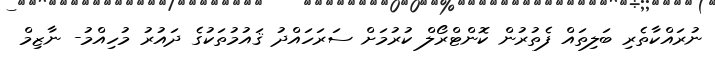
ނުރައްކާތެރި ބަލިތައް ފެތުރުން ކޮންޓްރޯލް ކުރުމަށް ސަރަހައްދު ޤައުމުތަކުގެ ދައުރު މުހިއްމު- ނާޒިމް